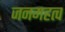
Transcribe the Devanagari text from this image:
जनमहत्व